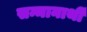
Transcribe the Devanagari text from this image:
सन्मानार्थी